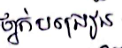
ថ្នាក់បង្រៀន